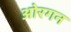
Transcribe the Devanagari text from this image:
ओरगन